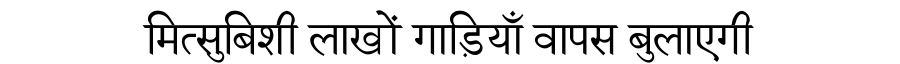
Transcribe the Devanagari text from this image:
मित्सुबिशी लाखों गाड़ियाँ वापस बुलाएगी